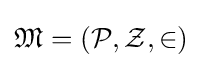
{\mathfrak {M}}=({\mathcal {P}},{\mathcal {Z}},\in )